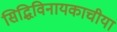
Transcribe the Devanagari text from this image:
सिद्धिविनायकाचीया